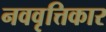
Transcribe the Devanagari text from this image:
नववृत्तिकार